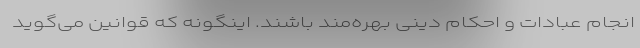
انجام عبادات و احکام دینی بهره‌مند باشند. اینگونه که قوانین می‌گوید